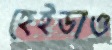
হেইডাও